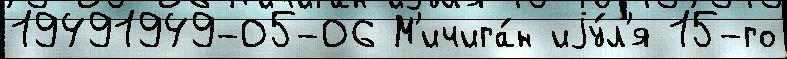
19491949-05-06 М'ичига́н иjу́л'я 15-го